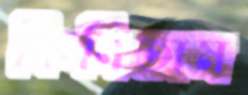
কিনিতাম